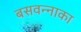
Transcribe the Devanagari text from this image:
बसवन्नाका